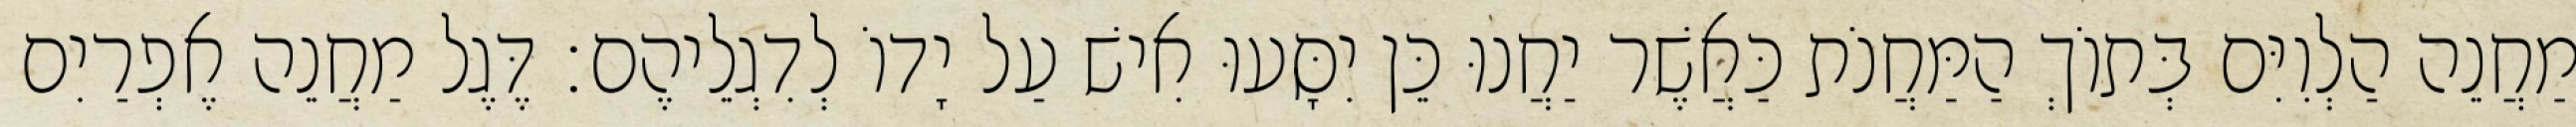
מַחֲנֵה הַלְוִיִּם בְּתוֹךְ הַמַּחֲנֹת כַּאֲשֶׁר יַחֲנוּ כֵּן יִסָּעוּ אִישׁ עַל יָדוֹ לְדִגְלֵיהֶם׃ דֶּגֶל מַחֲנֵה אֶפְרַיִם